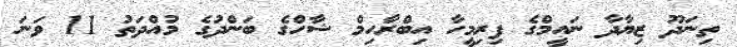
ތިނަދޫ ޒިޔާދާ ނައީމްގެ ފިރިމީހާ އިބްރާހިމް ޝާހްގެ ބަންދުގެ މުއްދަތު 11 ވަނަ